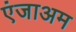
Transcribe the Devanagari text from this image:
एंजाअम